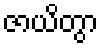
ဇာယိတွာ